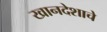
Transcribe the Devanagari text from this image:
खानदेशाचे